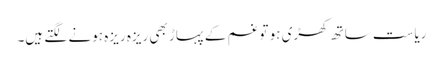
ریاست ساتھ کھڑی ہو تو غم کے پہاڑ بھی ریزہ ریزہ ہونے لگتے ہیں۔